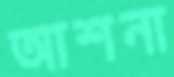
আশনা